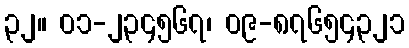
၃၂။ ၀၁-၂၃၄၅၆၇၊ ၀၉-၈၇၆၅၄၃၂၁